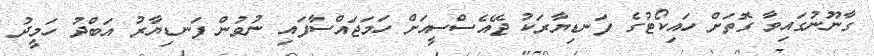
ގާނޫނުގައިވާ ގޮތަށް ހައިކޯޓުގެ ފަނޑިޔާރަކު ޖޭއެސްސީއަށް ހަމަޖައްސާފައި ނުވުން ފަނޑިޔާރު އަބްދު ހަމީދު